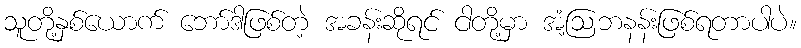
သူတို့နှစ်ယောက် ဘော်ဒါဖြစ်တဲ့ အခန်းဆိုရင် ငါတို့မှာ အံ့ဩဘနန်းဖြစ်ရတာပါပဲ။